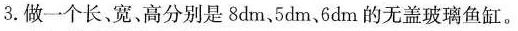
3.做一个长、宽、高分别是8dm、5dm、6dm的无盖玻璃鱼缸。